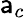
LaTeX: \mathsf{a}_{c}